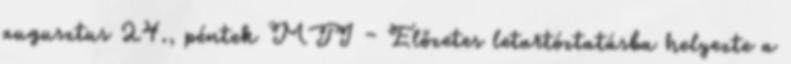
augusztus 24., péntek MTI – Előzetes letartóztatásba helyezte a